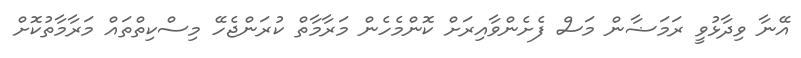
އޭނާ ވިދާޅުވީ ރަމަޟާން މަސް ފެށެންވާއިރަށް ކޮންމެހެން މަރާމާތް ކުރަންޖެހޭ މިސްކިތްތައް މަރާމާތުކޮށް